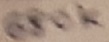
Text: 680K